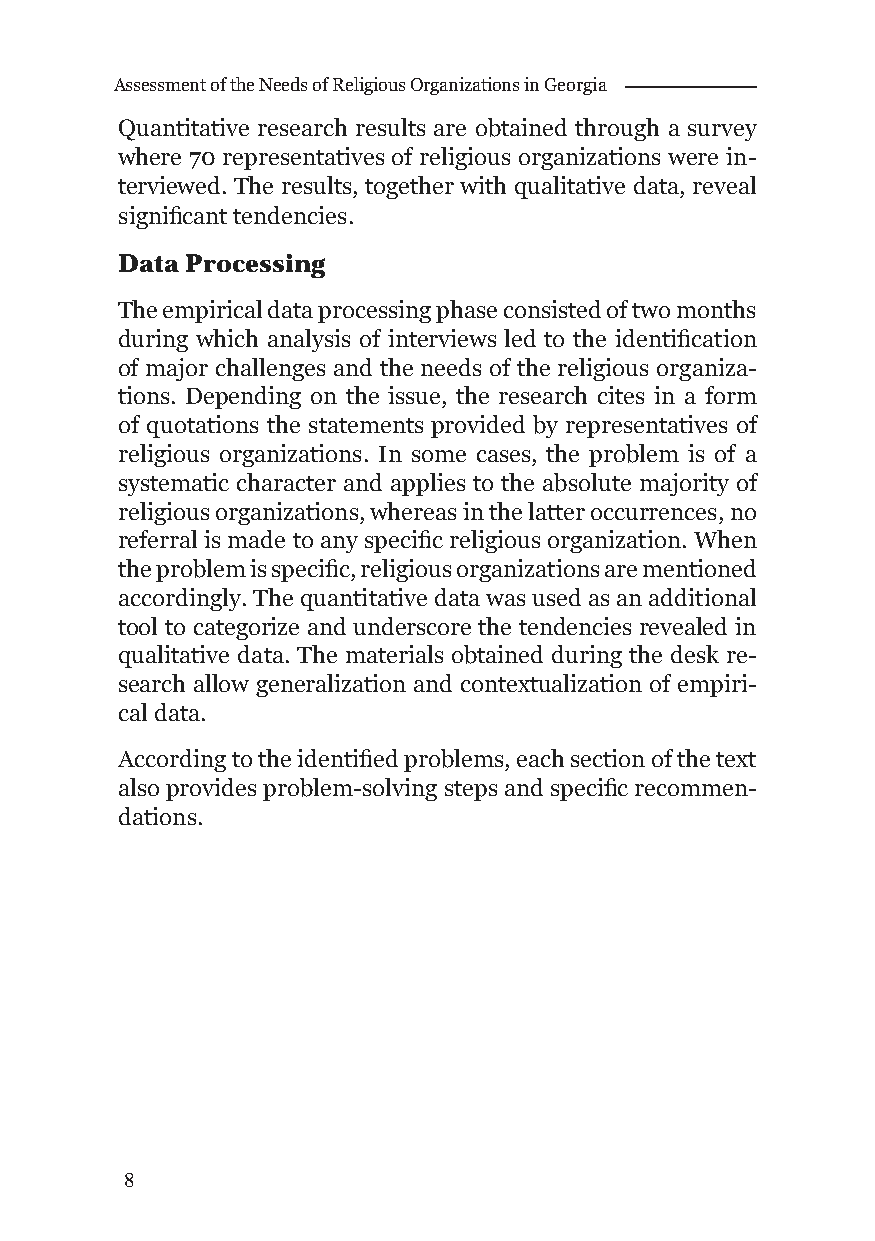
Assessment of the Needs of Religious Organizations in Georgia
 Quantitative research results are obtained through a survey
 where 70 representatives of religious organizations were in-
 terviewed. The results, together with qualitative data, reveal
 signifi cant tendencies.
 Data Processing
 The empirical data processing phase consisted of two months
 during which analysis of interviews led to the identifi cation
 of major challenges and the needs of the religious organiza-
 tions. Depending on the issue, the research cites in a form
 of quotations the statements provided by representatives of
 religious organizations. In some cases, the problem is of a
 systematic character and applies to the absolute majority of
 religious organizations, whereas in the latter occurrences, no
 referral is made to any specifi c religious organization. When
 the problem is specifi c, religious organizations are mentioned
 accordingly. The quantitative data was used as an additional
 tool to categorize and underscore the tendencies revealed in
 qualitative data. The materials obtained during the desk re-
 search allow generalization and contextualization of empiri-
 cal data.
 According to the identifi ed problems, each section of the text
 also provides problem-solving steps and specifi c recommen-
 dations.
 8